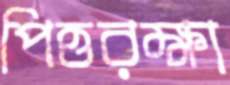
পিত্তরক্ষা